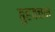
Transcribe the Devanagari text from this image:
बुहवचन